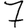
Digit: 7